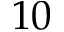
1 0